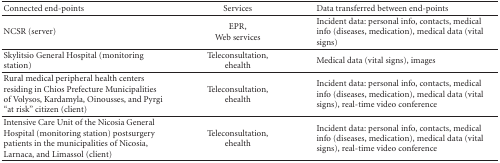
<table><thead><tr><td><b>Connected end-points</b></td><td><b>Services</b></td><td><b>Data transferred between end-points</b></td></tr></thead><tbody><tr><td>NCSR (server)</td><td>EPR, Web services</td><td>Incident data: personal info, contacts, medical info (diseases, medication), medical data (vital signs) </td></tr><tr><td>Skylitsio General Hospital (monitoring station)</td><td>Teleconsultation,ehealth</td><td>Medical data (vital signs), images</td></tr><tr><td>Rural medical peripheral health centers residing in Chios Prefecture Municipalities of Volysos, Kardamyla, Oinousses, and Pyrgi “at risk” citizen (client)</td><td>Teleconsultation,ehealth</td><td>Incident data: personal info, contacts, medical info (diseases, medication), medical data (vital signs), real-time video conference</td></tr><tr><td>Intensive Care Unit of the Nicosia General Hospital (monitoring station) postsurgery patients in the municipalities of Nicosia, Larnaca, and Limassol (client)</td><td>Teleconsultation,ehealth</td><td>Incident data: personal info, contacts, medical info (diseases, medication), medical data (vital signs), real-time video conference</td></tr></tbody></table>